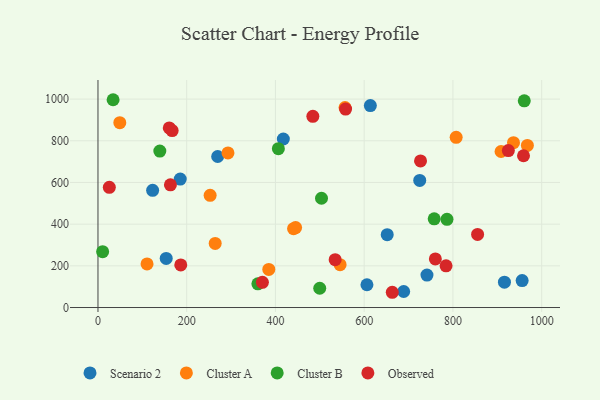
{"axis": {"x": "Speed", "y": "Yield"}, "legend": ["Cluster A", "Cluster B", "Observed", "Scenario 2"], "data": [{"x": "651.9", "y": 349.6, "type": "Scenario 2"}, {"x": "606.2", "y": 109.4, "type": "Scenario 2"}, {"x": "613.9", "y": 968.7, "type": "Scenario 2"}, {"x": "689.0", "y": 76.9, "type": "Scenario 2"}, {"x": "956.0", "y": 129.5, "type": "Scenario 2"}, {"x": "185.4", "y": 616.1, "type": "Scenario 2"}, {"x": "123.2", "y": 562.2, "type": "Scenario 2"}, {"x": "725.2", "y": 610.0, "type": "Scenario 2"}, {"x": "741.5", "y": 155.9, "type": "Scenario 2"}, {"x": "153.8", "y": 235.8, "type": "Scenario 2"}, {"x": "417.8", "y": 808.4, "type": "Scenario 2"}, {"x": "269.8", "y": 724.5, "type": "Scenario 2"}, {"x": "916.1", "y": 121.7, "type": "Scenario 2"}, {"x": "252.8", "y": 538.4, "type": "Cluster A"}, {"x": "264.2", "y": 307.7, "type": "Cluster A"}, {"x": "49.2", "y": 886.7, "type": "Cluster A"}, {"x": "440.8", "y": 378.5, "type": "Cluster A"}, {"x": "967.8", "y": 777.8, "type": "Cluster A"}, {"x": "545.7", "y": 205.8, "type": "Cluster A"}, {"x": "385.0", "y": 183.0, "type": "Cluster A"}, {"x": "936.5", "y": 790.8, "type": "Cluster A"}, {"x": "807.3", "y": 816.6, "type": "Cluster A"}, {"x": "556.8", "y": 959.5, "type": "Cluster A"}, {"x": "110.6", "y": 209.0, "type": "Cluster A"}, {"x": "445.4", "y": 383.7, "type": "Cluster A"}, {"x": "293.0", "y": 741.8, "type": "Cluster A"}, {"x": "908.5", "y": 748.6, "type": "Cluster A"}, {"x": "406.6", "y": 762.2, "type": "Cluster B"}, {"x": "360.4", "y": 113.8, "type": "Cluster B"}, {"x": "757.8", "y": 425.5, "type": "Cluster B"}, {"x": "786.6", "y": 423.0, "type": "Cluster B"}, {"x": "10.5", "y": 268.1, "type": "Cluster B"}, {"x": "139.4", "y": 750.7, "type": "Cluster B"}, {"x": "499.8", "y": 92.6, "type": "Cluster B"}, {"x": "960.8", "y": 991.7, "type": "Cluster B"}, {"x": "503.8", "y": 524.2, "type": "Cluster B"}, {"x": "34.1", "y": 996.9, "type": "Cluster B"}, {"x": "25.6", "y": 576.9, "type": "Observed"}, {"x": "534.6", "y": 229.5, "type": "Observed"}, {"x": "558.1", "y": 951.9, "type": "Observed"}, {"x": "163.3", "y": 588.6, "type": "Observed"}, {"x": "186.6", "y": 204.2, "type": "Observed"}, {"x": "663.3", "y": 73.2, "type": "Observed"}, {"x": "760.4", "y": 233.4, "type": "Observed"}, {"x": "855.6", "y": 350.6, "type": "Observed"}, {"x": "924.9", "y": 753.0, "type": "Observed"}, {"x": "959.1", "y": 728.1, "type": "Observed"}, {"x": "160.7", "y": 861.7, "type": "Observed"}, {"x": "370.6", "y": 120.7, "type": "Observed"}, {"x": "167.2", "y": 848.7, "type": "Observed"}, {"x": "784.5", "y": 200.2, "type": "Observed"}, {"x": "727.0", "y": 703.4, "type": "Observed"}, {"x": "484.3", "y": 917.3, "type": "Observed"}]}